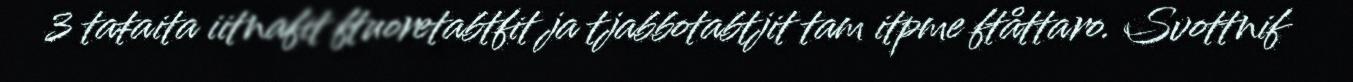
3 taŧaita iitnafit ftuoretabtfit ja tjabbotabtjit tam itpme ftåttaro. Svottnif